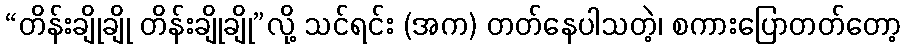
“တိန်းချိုချို တိန်းချိုချို”လို့ သင်ရင်း (အက) တတ်နေပါသတဲ့၊ စကားပြောတတ်တော့